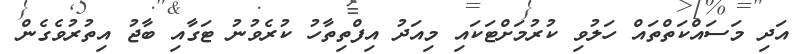
އަދި މަސައްކަތްތައް ހަލުވި ކުރުމަށްޓަކައި މިއަދު އިފްތިތާހު ކުރެވުނު ޓަގާއި ބާޖު އިތުރުވެގެން